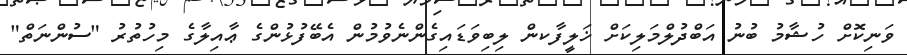
ވަނިކޮށް ހުޝާމު ބުނު އަބްދުލްމަލިކަށް ޚަލީފާކން ލިބިވަޑައިގެންނެވުމުން އެބޭފުޅުންގެ ޢާއިލާގެ މިހުތުރު "ސުންނަތް"